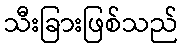
သီးခြားဖြစ်သည်